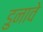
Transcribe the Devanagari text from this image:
डुनावे